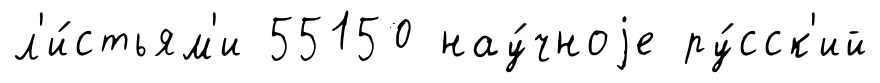
л'и́стьям'и 55150 нау́чноjе ру́сск'ий